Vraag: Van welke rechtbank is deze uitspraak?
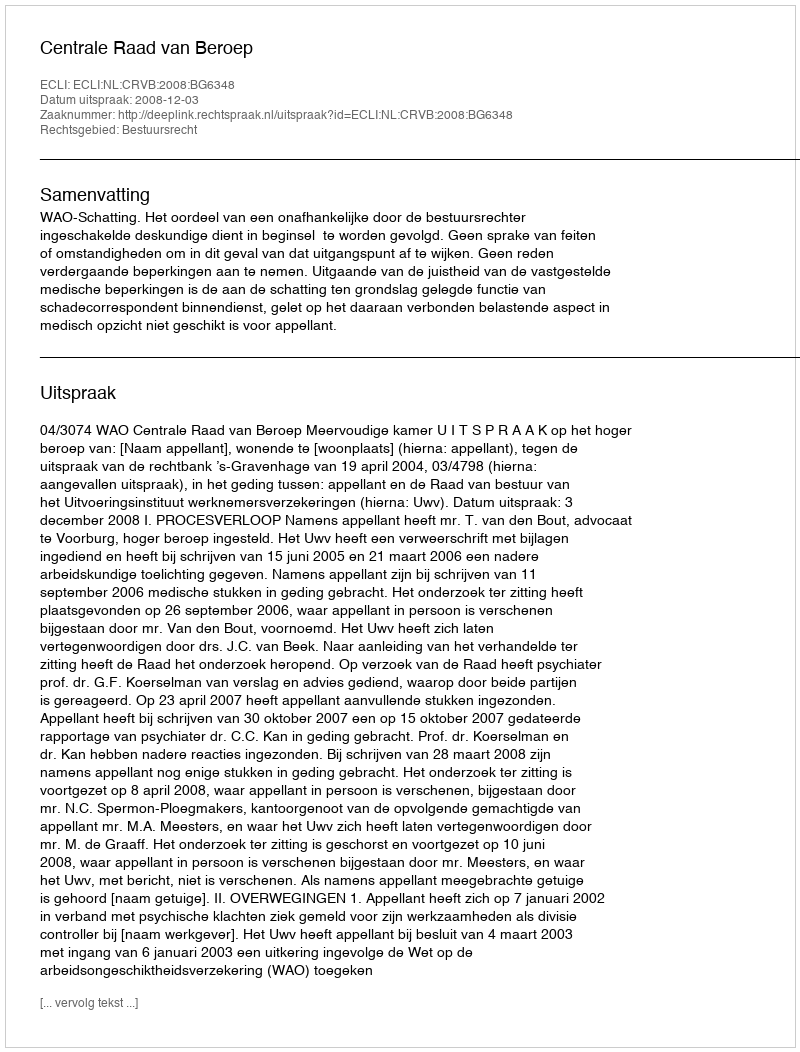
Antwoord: Centrale Raad van Beroep